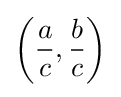
\left({\frac {a}{c}},{\frac {b}{c}}\right)